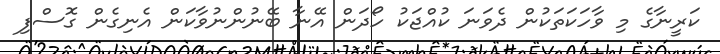
ކަރީނާގެ މި ވާހަކަތަކުން ދެވަނަ ކުއްޖަކު ހޯދަން އޭނާ ބޭނުންނުވާކަން އެނިގެން ގޮސްފި